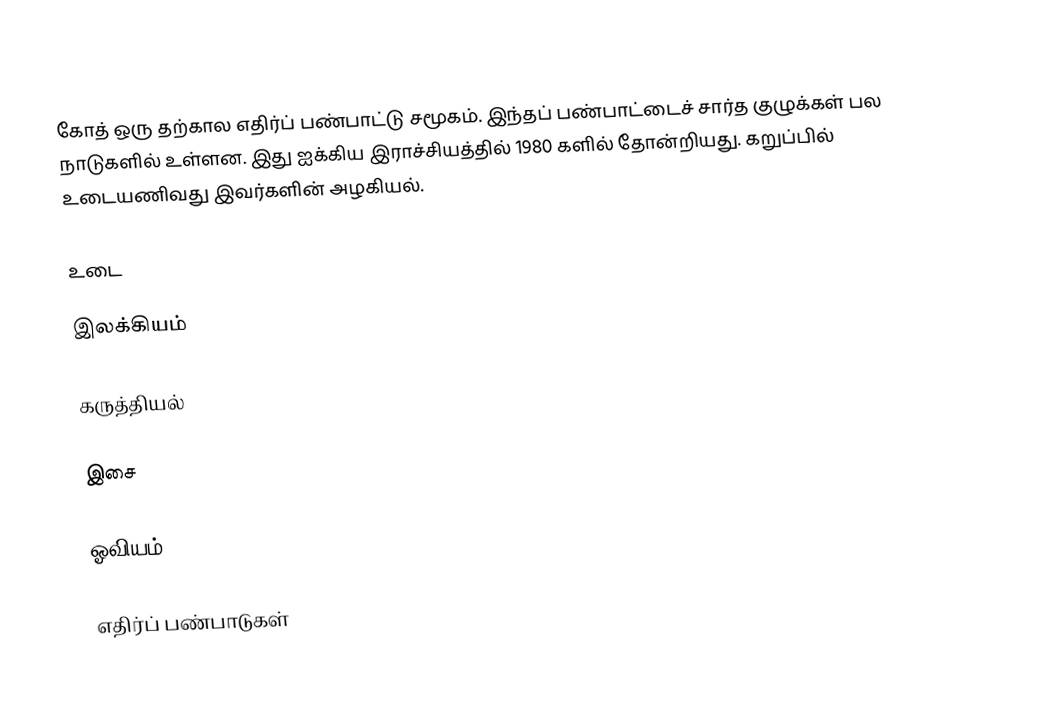
கோத் ஒரு தற்கால எதிர்ப் பண்பாட்டு சமூகம். இந்தப் பண்பாட்டைச் சார்த குழுக்கள் பல நாடுகளில் உள்ளன. இது ஐக்கிய இராச்சியத்தில் 1980 களில் தோன்றியது. கறுப்பில் உடையணிவது இவர்களின் அழகியல்.

உடை

இலக்கியம்

கருத்தியல்

இசை

ஓவியம்

எதிர்ப் பண்பாடுகள்